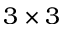
3 \times 3